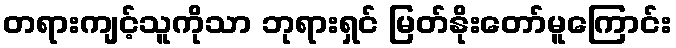
တရားကျင့်သူကိုသာ ဘုရားရှင် မြတ်နိုးတော်မူကြောင်း